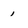
Character: 1